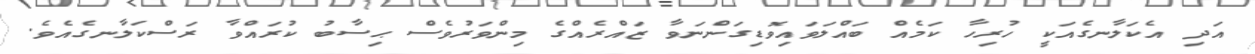
އަދި އެކަލާނގެއަކީ ހުރިހާ ކަމެއް ބައްލަވައިވޮޑިގަންނަވާ ޒައްރެއްގެ މިންވަރުވެސް ޙިސާބު ކުރައްވާ ރަސްކަލާނގެއެވެ.